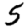
Digit: 5